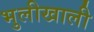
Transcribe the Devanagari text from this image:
भुलीखाली